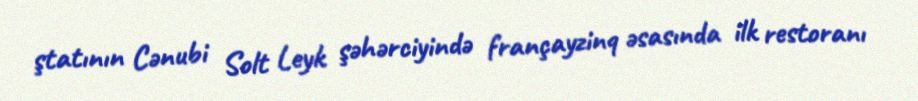
ştatının Cənubi Solt Leyk şəhərciyində françayzinq əsasında ilk restoranı